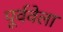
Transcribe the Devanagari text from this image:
पूर्ववेला